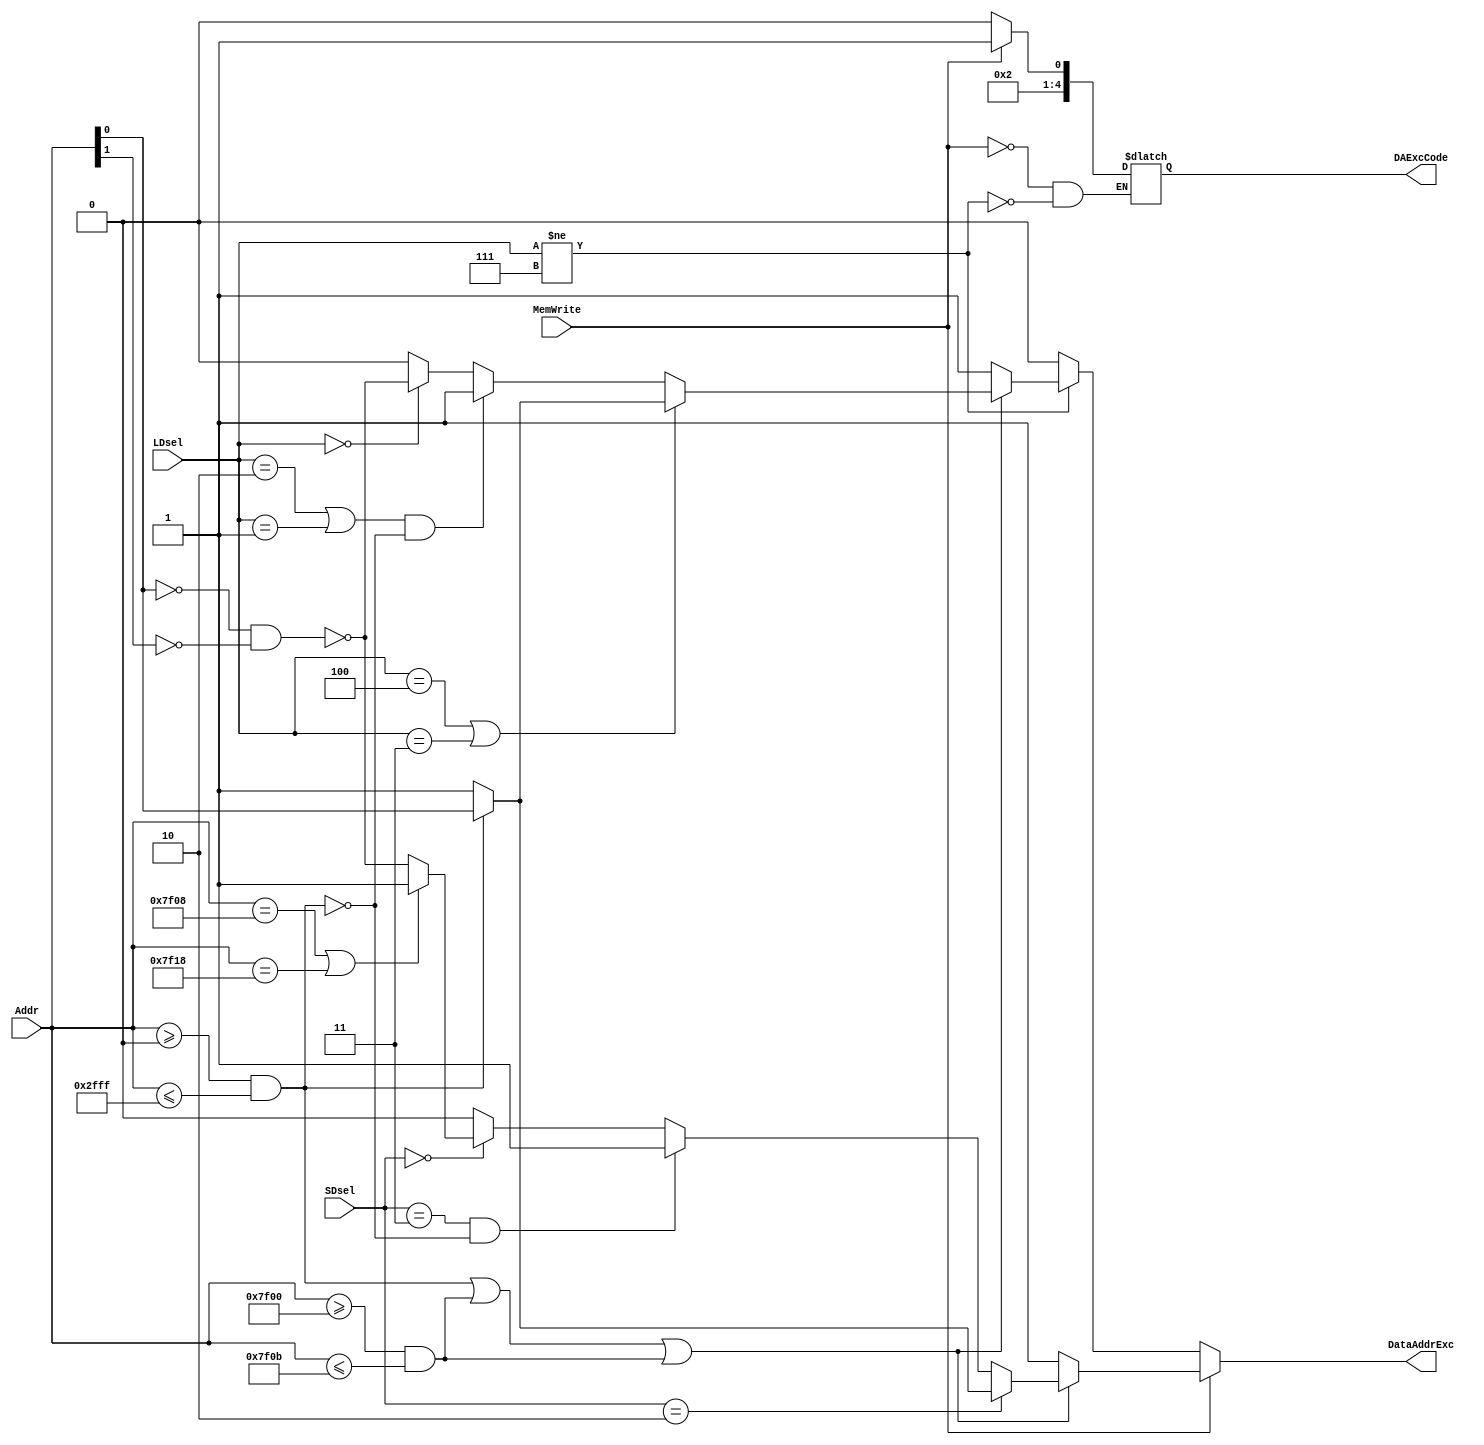
`timescale 1ns / 1ps
//////////////////////////////////////////////////////////////////////////////////
// Company: 
// Engineer: 
// 
// Design Name: 
// Module Name:    addr_check 
// Project Name: 
// Target Devices: 
// Tool versions: 
// Description: 
//
// Dependencies: 
//
// Revision: 
// Revision 0.01 - File Created
// Additional Comments: 
//
//////////////////////////////////////////////////////////////////////////////////
module addr_check(
	 input MemWrite,
	 input [1:0]SDsel,
	 input [2:0]LDsel,
	 input [31:0] Addr,
	 output reg [4:0] DAExcCode,
	 output reg DataAddrExc
    );
	 
	 always @(*) begin
		if(MemWrite) begin
			DAExcCode <= 5'd5;
		   if (!((Addr >=32'b0 && Addr <= 32'h2fff)|| ( Addr >= 32'h7f00 && Addr <= 32'h7f0b) || (Addr >= 32'h7f00 && Addr <= 32'h7f0b))) DataAddrExc <= 1'b1;//
			else if (SDsel==2'b10) begin//sh
				if(!(Addr >=32'b0 && Addr <= 32'h2fff)) DataAddrExc <= 1'b1;//timer
				else DataAddrExc <= !Addr[0]==1'b0;
			end
			else if (SDsel==2'b11 && !(Addr >=32'b0 && Addr <= 32'h2fff)) DataAddrExc <= 1'b1;//sbtimer
			else if (SDsel==2'b00) begin//sw
				if(Addr==32'h7f08 || Addr==32'h7f18) DataAddrExc <= 1'b1;//count
				else DataAddrExc <= !(Addr[0]==1'b0 && Addr[1]==1'b0);
			end
			else DataAddrExc <= 1'b0;
		end
		else if(LDsel!=3'b111) begin
			DAExcCode <= 5'd4;
		   if (!((Addr >=32'b0 && Addr <= 32'h2fff)|| ( Addr >= 32'h7f00 && Addr <= 32'h7f0b) || (Addr >= 32'h7f00 && Addr <= 32'h7f0b))) DataAddrExc <= 1'b1;
			else if(LDsel==3'b100 || LDsel==3'b011) begin//lh,lhu
				if(!(Addr >=32'b0 && Addr <= 32'h2fff)) DataAddrExc <= 1'b1;//timer
				else DataAddrExc <= !Addr[0]==1'b0;
			end
			else if((LDsel==3'b010 || LDsel==3'b001)&& !(Addr >=32'b0 && Addr <= 32'h2fff)) DataAddrExc <= 1'b1;//lbu,lbtimer
			else if(LDsel==3'b000) DataAddrExc <= !(Addr[0]==1'b0 && Addr[1]==1'b0);//lw
		   else DataAddrExc <= 1'b0;
		end
		else DataAddrExc <= 1'b0;
	 end


endmodule